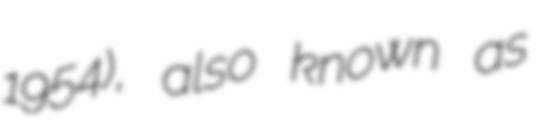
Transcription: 1954), also known as